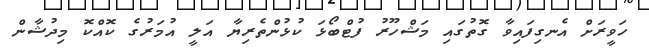
ހަވީރަށް އެނގިފައިވާ ގޮތުގައި މަޝްހޫރު ފުޓްބޯޅަ ކުޅުންތެރިޔާ އަލީ އުމަރުގެ ކޮއްކޮ މިދުޝާން